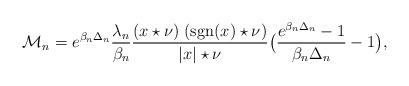
LaTeX: \begin{align*}\mathcal M_{n} = e^{\beta_n \Delta_n} \frac{\lambda_n}{\beta_n} \frac{(x \star \nu) \; (\mathrm{\mathrm{sgn}}(x) \star \nu)}{|x| \star \nu} \big(\frac{e^{\beta_n \Delta_n}-1}{\beta_n \Delta_n} -1\big),\end{align*}